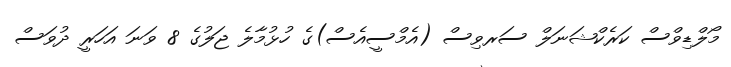
މޯލްޑިވްސް ކަރެކްޝަނަލް ސަރވިސް (އެމްސީއެސް)ގެ ހުޅުމާލެ ޖަލުގެ 8 ވަނަ އަހަރީ ދުވަސް